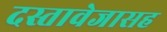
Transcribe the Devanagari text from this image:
दस्तावेजासह